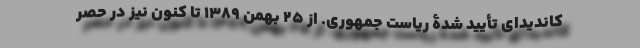
کاندیدای تأیید شدۀ ریاست جمهوری. از 25 بهمن 1389 تا کنون نیز در حصر